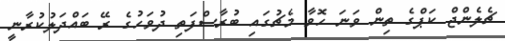
ޗެލެންޖް ކަޕްގެ ތިން ވަނަ ހޮވާ މެޗުގައި ބުރާސްފަތި ދުވަހުގެ ރޭ ބައްދަލުކުރާނީ